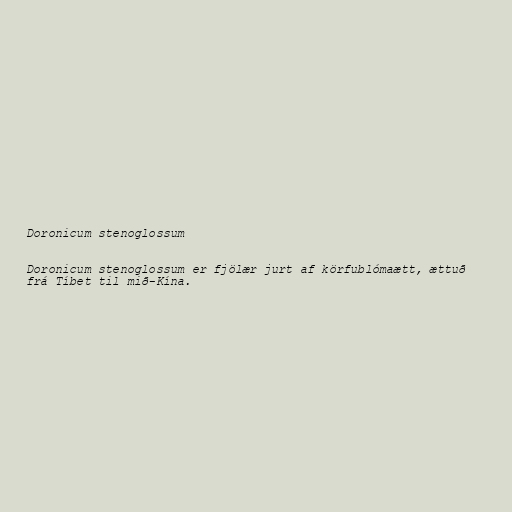
Doronicum stenoglossum

Doronicum stenoglossum er fjölær jurt af körfublómaætt, ættuð
frá Tíbet til mið-Kína.